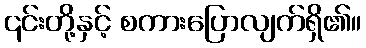
၎င်းတို့နှင့် စကားပြောလျက်ရှိ၏။